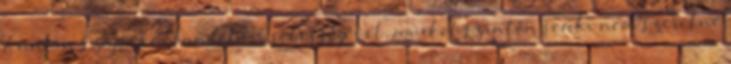
Anakin Szájvóker landolási sebességével, amiket szintén senki nem szeretne